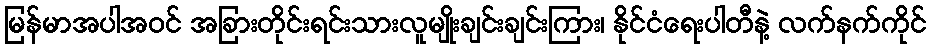
မြန်မာအပါအဝင် အခြားတိုင်းရင်းသားလူမျိုးချင်းချင်းကြား၊ နိုင်ငံရေးပါတီနဲ့ လက်နက်ကိုင်